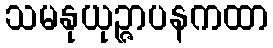
သမနုယုဉ္ဇာပနကထာ